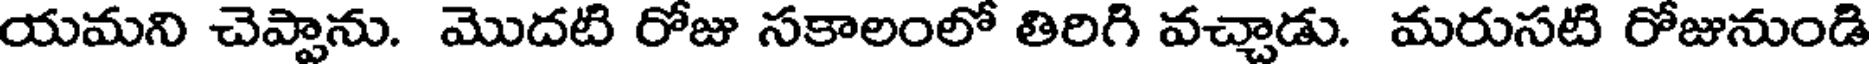
యమని చెప్పాను. మొదటి రోజు సకాలంలో తిరిగి వచ్చాడు. మరుసటి రోజునుండి